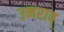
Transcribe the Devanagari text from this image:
उमराव्